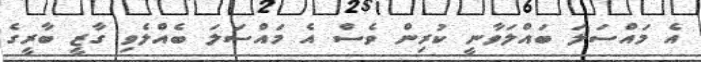
އެ މައްސަލަ ބައްލަވާނީ ކުރިން ވެސް އެ މައްސަލަ ބެއްލެވި ގާޒީ ބާރީގެ